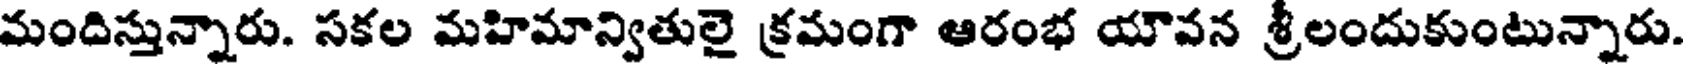
మందిస్తున్నారు. సకల మహిమాన్వితులై క్రమంగా ఆరంభ యౌవన శ్రీలందుకుంటున్నారు.